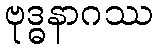
ဗုဒ္ဓနာဂဿ